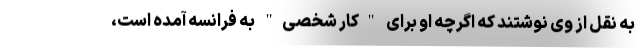
به نقل از وی نوشتند که اگرچه او برای "کار شخصی" به فرانسه آمده است،